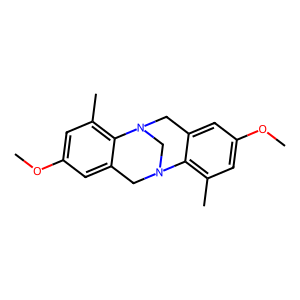
SMILES: COc1cc(C)c2c(c1)CN1CN2Cc2cc(OC)cc(C)c21
Inhibits HIV replication: No